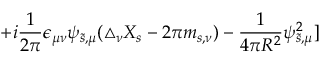
+ i { \frac { 1 } { 2 \pi } } \epsilon _ { \mu \nu } \psi _ { \tilde { s } , \mu } ( \triangle _ { \nu } X _ { s } - 2 \pi m _ { s , \nu } ) - { \frac { 1 } { 4 \pi R ^ { 2 } } } \psi _ { \tilde { s } , \mu } ^ { 2 } ]